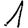
Digit: 1